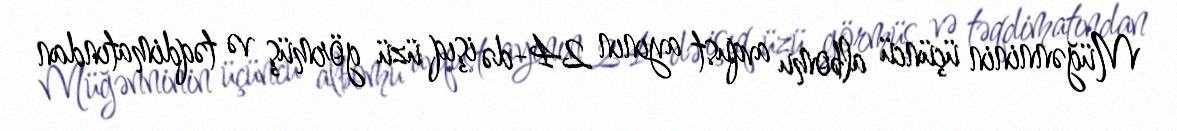
Müğənninin üçüncü albomu avqust ayının 24-də işıq üzü görmüş və təqdimatından